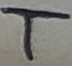
Text: T